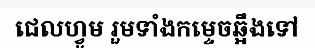
ជេលហ្វូម រួមទាំងកម្ទេចឆ្អឹងទៅ